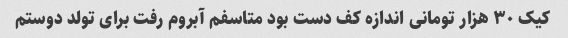
کیک ۳۰ هزار تومانی اندازه کف دست بود متاسفم آبروم رفت برای تولد دوستم